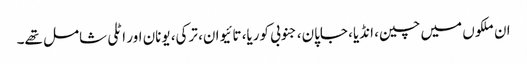
ان ملکوں میں چین، انڈیا، جاپان، جنوبی کوریا، تائیوان، ترکی، یونان اور اٹلی شامل تھے۔